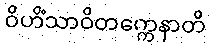
ဝိဟိံသာဝိတက္ကေနာတိ